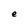
Character: e